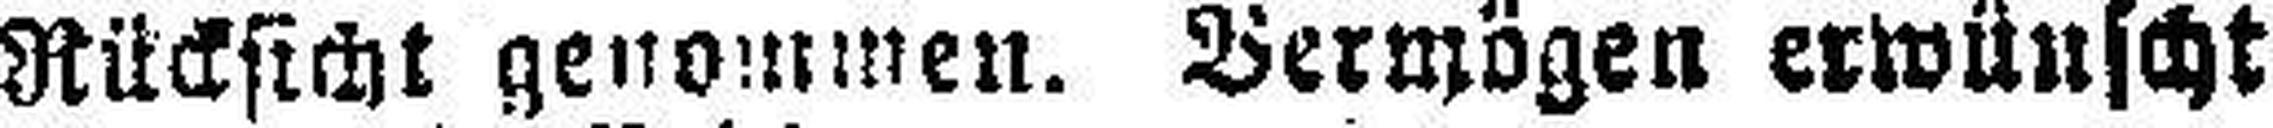
Rücksicht genommen. Vermögen erwünscht